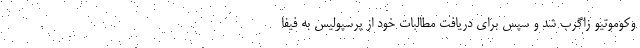
وکوموتیو زاگرب شد و سپس برای دریافت مطالبات خود از پرسپولیس به فیفا